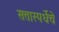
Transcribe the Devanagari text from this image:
सत्तास्पर्धेचे